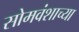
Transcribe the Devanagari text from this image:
सोमवंशाच्या